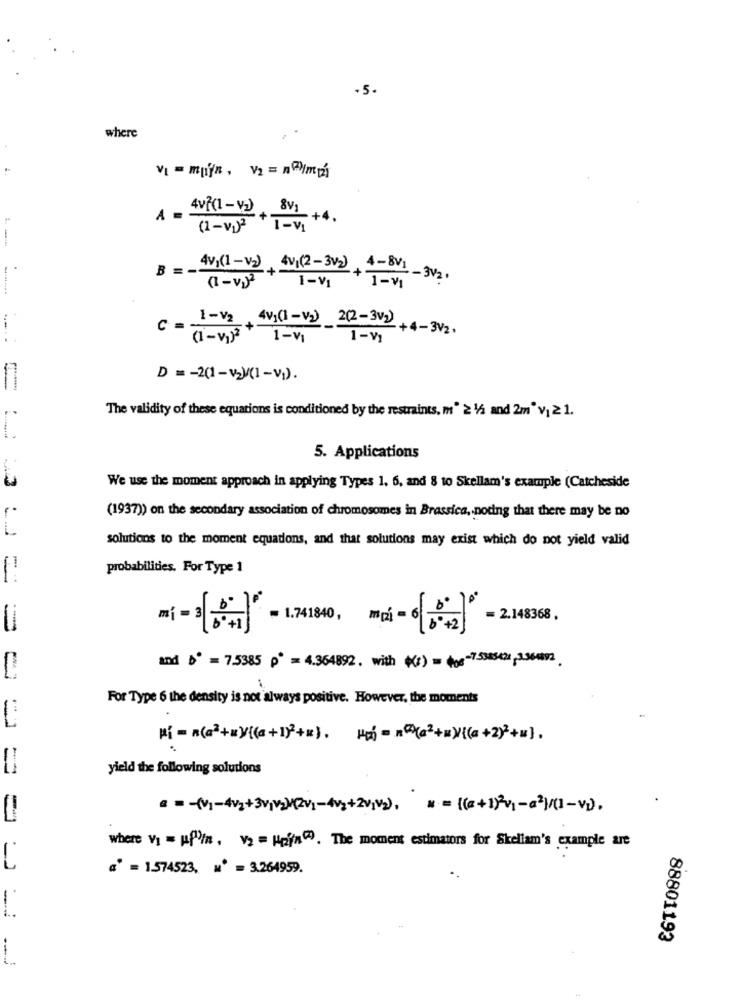
.5.
where
A = Avf(1-v)
8V]
-+4.
(1-v) I-VI
-
B ==
4v,(1-v2) 4V (2-3v) , 4-8V1 -3V2.
(1-v)2
1-V1 1-V1
c =
1-V2 4v,(1-v2) 202-3V2 +4-3V2.
.....
(1-v1)2 1-v 1-V
D = - 2(1 - v2)/(1 -v).
The validity of these equations is conditioned by the restraints. m" 2 1/2 and 2m" v1 21.
5. Applications
We use the moment approach in applying Types 1, 6, and 8 to Skellam's example (Catcheside
(1937)) on the secondary association of chromosomes in Brassica, noting that there may be no
solutions to the moment equations, and that solutions may exist which do not yield valid
probabilities. For Type 1
= 2.148368,
0
and b = 7.5385 p = 4.364892. with (z) = (og-75343421;1.364092
For Type 6 the density is not always positive. However, the moments
yield the following solutions
= = - (v)-4/2+3v,v)(2V1-4vg+20,V2). * = (=+1)2v1-@2}/(]-v).
where vi = up'in, V2 = Hpin(?). The moment estimators for Skeliam's example are
a = 1.574523, M' = 3.264959.
88801193